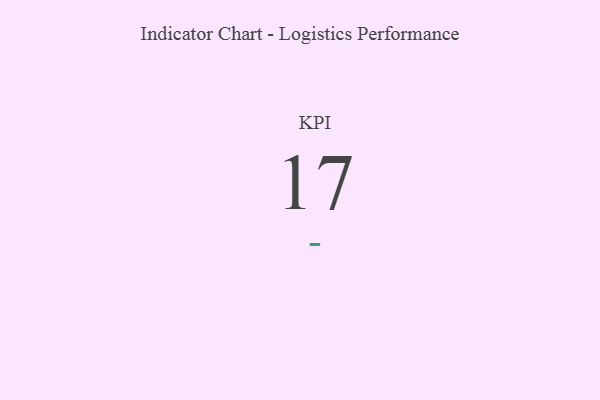
{"axis": {"x": "KPI", "y": "Value"}, "legend": [""], "data": [{"x": "KPI", "y": 17, "type": ""}]}